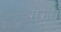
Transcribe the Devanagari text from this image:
गेरुएं